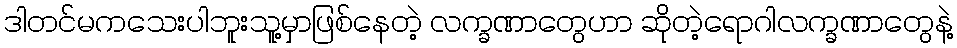
ဒါတင်မကသေးပါဘူးသူ့မှာဖြစ်နေတဲ့ လက္ခဏာတွေဟာ ဆိုတဲ့ရောဂါလက္ခဏာတွေနဲ့